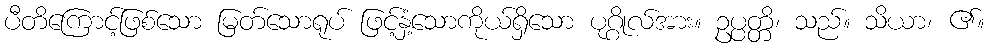
ပီတိကြောင့်ဖြစ်သော မြတ်သောရုပ် ဖြင့်နှံ့သောကိုယ်ရှိသော ပုဂ္ဂိုလ်အား။ ဥပ္ပတ္တိ၊ သည်။ သိယာ၊ ၏။